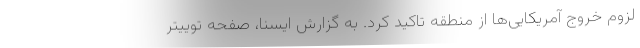
لزوم خروج آمریکایی‌ها از منطقه تاکید کرد. به گزارش ایسنا، صفحه توییتر